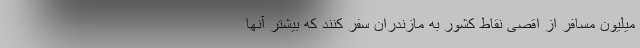
میلیون مسافر از اقصی نقاط کشور به مازندران سفر کنند که بیشتر آنها